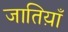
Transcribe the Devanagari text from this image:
जातिय़ाँ